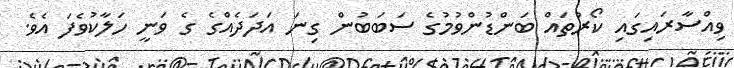
ވިއްސާރައިގައި ކޯރުތައް ބަންޑުންވުމުގެ ސަބަބުން ގިނަ އަދަދެއްގެ ގެ ވަނީ ހަލާކުވެފަ އެވެ.